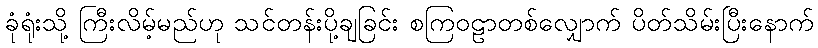
ခုံရုံးသို့ ကြီးလိမ့်မည်ဟု သင်တန်းပို့ချခြင်း စကြဝဠာတစ်လျှောက် ပိတ်သိမ်းပြီးနောက်